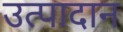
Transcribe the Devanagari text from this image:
उत्पादान